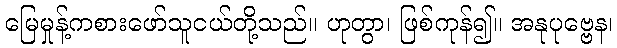
မြေမှုန့်ကစားဖော်သူငယ်တို့သည်။ ဟုတွာ၊ ဖြစ်ကုန်၍။ အနုပုဗ္ဗေန၊